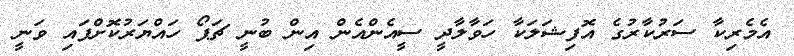
އެމެރިކާ ސަރުކާރުގެ އޮފިޝަލަކާ ހަވާލާދީ ސީއެންއެން އިން ބުނީ ޗަޕޯ ހައްޔަރުކޮށްފައި ވަނީ